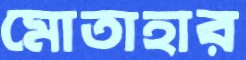
মোতাহার